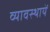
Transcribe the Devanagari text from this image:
व्यावस्थायें